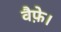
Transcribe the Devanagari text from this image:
वैफ़े।